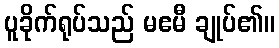
ပူခိုက်ရုပ်သည် မဧမီ ချုပ်၏။